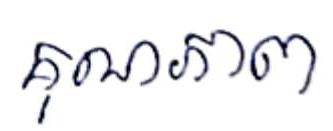
គុណភាព